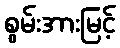
စွမ်းအားမြင့်